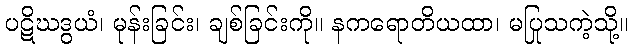
ပဋိဃဒွယံ၊ မုန်းခြင်း၊ ချစ်ခြင်းကို။ နကရောတိယထာ၊ မပြုသကဲ့သို့။